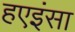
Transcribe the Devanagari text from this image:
हएइंसा